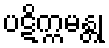
ပဋိက္ကမန္တု